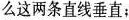
么这两条直线垂直；